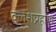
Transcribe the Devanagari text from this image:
क्लेशप्रहाण